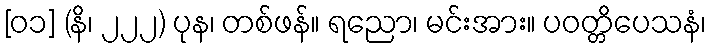
[၀၁] (နိ၊ ၂၂၂) ပုန၊ တစ်ဖန်။ ရညော၊ မင်းအား။ ပဝတ္တိပေသနံ၊